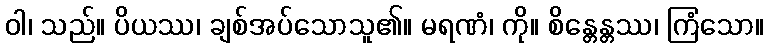
ဝါ၊ သည်။ ပိယဿ၊ ချစ်အပ်သောသူ၏။ မရဏံ၊ ကို။ စိန္တေန္တဿ၊ ကြံသော။